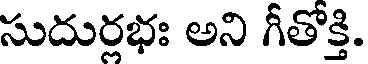
సుదుర్లభః అని గీతోక్తి.